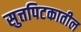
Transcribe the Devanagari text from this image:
सुत्तपिटकातील